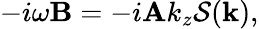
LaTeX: -i\omega\mathbf{B}=-i\mathbf{A}k_{z}\mathcal{S}(\mathbf{k}),